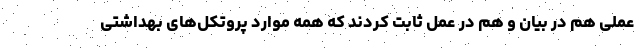
عملی هم در بیان و هم در عمل ثابت کردند که همه موارد پروتکل‌های بهداشتی